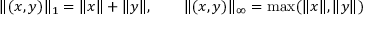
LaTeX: \| ( x , y ) \| _ { 1 } = \| x \| + \| y \| , \qquad \| ( x , y ) \| _ { \infty } = \operatorname* { m a x } ( \| x \| , \| y \| )